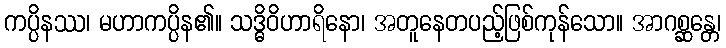
ကပ္ပိနဿ၊ မဟာကပ္ပိန၏။ သဒ္ဓိဝိဟာရိနော၊ အတူနေတပည့်ဖြစ်ကုန်သော။ အာဂစ္ဆန္တေ၊